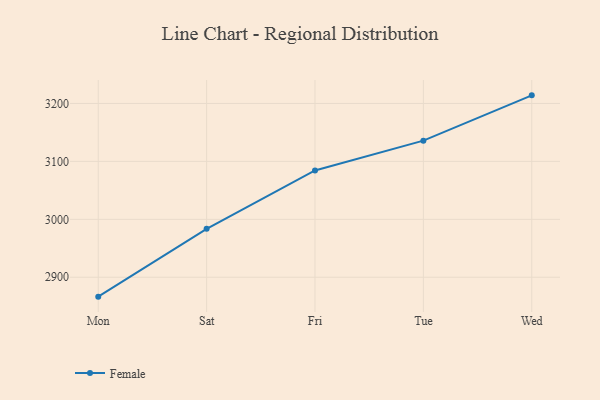
{"axis": {"x": "Day", "y": "Page Views"}, "legend": ["Female"], "data": [{"x": "Mon", "y": 2866.5, "type": "Female"}, {"x": "Sat", "y": 2983.5, "type": "Female"}, {"x": "Fri", "y": 3084.3, "type": "Female"}, {"x": "Tue", "y": 3135.8, "type": "Female"}, {"x": "Wed", "y": 3214.0, "type": "Female"}]}